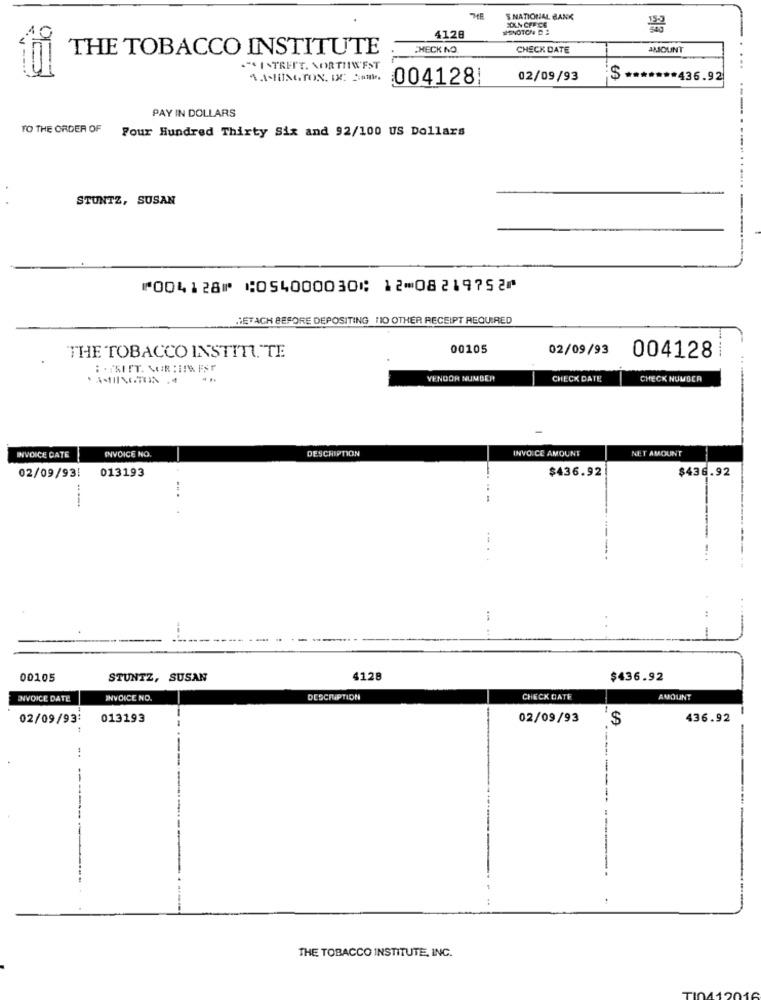
S NATIONAL BANK
SOKN CFFICE
HEINOTON D :
4128
THE TOBACCO INSTITUTE
CHECK NO
CHECK DATE
AMOUNT
."S ISTRETT. NORTHWEST
WASHINGTON, DC Si.
004128!
02/09/93
$ ******* 436.92
PAY IN DOLLARS
TO THE ORDER OF
Four Hundred Thirty Six and 92/100 US Dollars
STUNTZ, SUSAN
⑈004128⑈ ⑆054000030⑆ 12⑉08219752⑈
SETACH BEFORE DEPOSITING HO OTHER RECEIPT REQUIRED
00105
02/09/93
---- ----
THE TOBACCO INSTITUTE
004128
VENDOR NUMBER
CHECK DATE
CHECK NUMBER
INVOICE DATE
INVOICE NO.
DESCRIPTION
INVOICE AMOUNT
NET AMOUNT
013193
$436.92
$436.92
02/09/93!
----
00105
STUNTZ, SUSAN
4128
$436.92
INVOICE DATE
INVOICE NO.
DESCRIPTION
CHECK DATE
AMOUNT
02/09/93:
013193
02/09/93
$
436.92
-
THE TOBACCO INSTITUTE, INC.